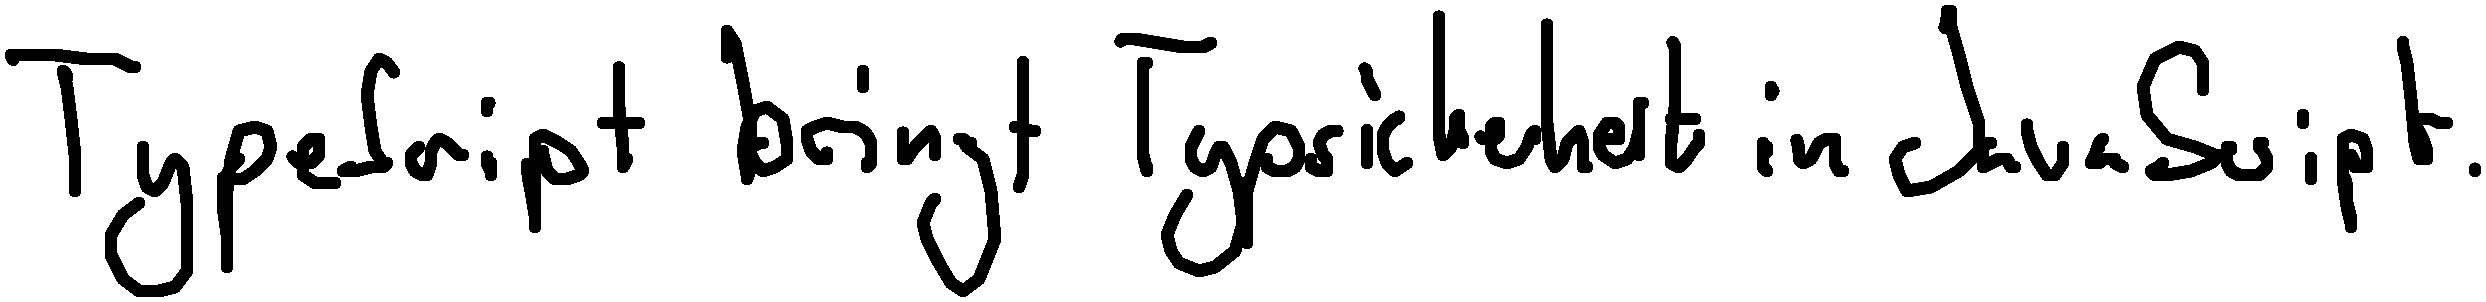
TypeScript bringt Typsicherheit in JavaScript.